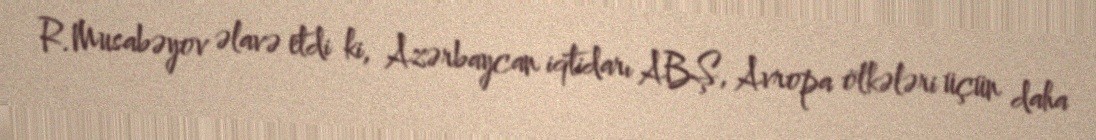
R.Musabəyov əlavə etdi ki, Azərbaycan iqtidarı ABŞ, Avropa ölkələri üçün daha